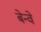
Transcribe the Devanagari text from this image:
बेन्वे